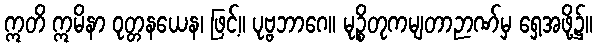
ဣတိ ဣမိနာ ဝုတ္တနယေန၊ ဖြင့်။ ပုဗ္ဗဘာဂေ။ မုဉ္စိတုကမျတာဉာဏ်မှ ရှေ့အဖို့၌။